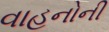
વાહનોની